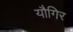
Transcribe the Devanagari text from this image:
यौगिर